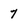
Character: 7